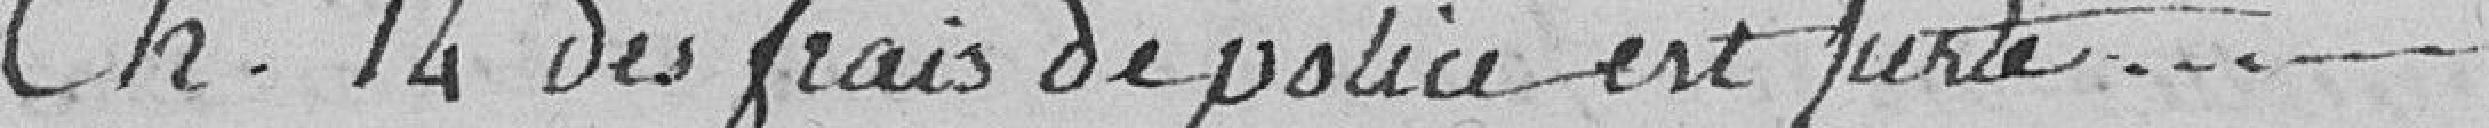
Ch. 14. : des frais de police est juste....